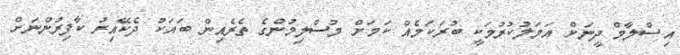
އިސްލާމް ދީނަށް އަމަލުކުރުމަކީ ބުރަކަމެއް ކަމަށް މުސްލިމުންގެ ތެރެއިން ބައަކު ދެކޭއިރު ކާފިރުންނަށް